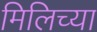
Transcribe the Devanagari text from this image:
मिलिच्या